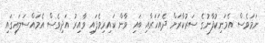
ނަމަވެސް އެމަނިކުފާނުގެ ސަރުކާރަށް ދެއަހަރާއި ބައި ވާން ކައިރިވެފައި ވާއިރު އަދިވެސް އެމައްސަލައިގައި